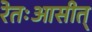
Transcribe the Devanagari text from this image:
रेतःआसीत्